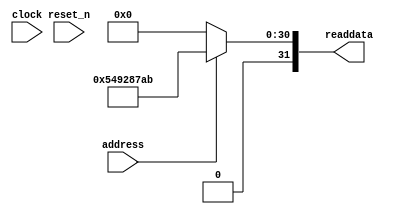
module DE0_NANO_SOC_QSYS_sysid_qsys (
               // inputs:
                address,
                clock,
                reset_n,

               // outputs:
                readdata
             )
;

  output  [ 31: 0] readdata;
  input            address;
  input            clock;
  input            reset_n;

  wire    [ 31: 0] readdata;
  //control_slave, which is an e_avalon_slave
  assign readdata = address ? 1418889131 : 0;

endmodule